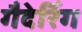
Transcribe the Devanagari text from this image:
गैदेरिंग